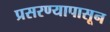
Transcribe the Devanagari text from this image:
प्रसरण्यापासून